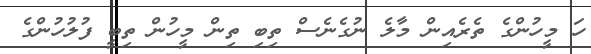
ހަ މީހުންގެ ތެރެއިން މާލެ ނުގެނެސް ތިބި ތިން މީހުން ތިބީ ފުލުހުންގެ